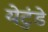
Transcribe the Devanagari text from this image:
येटुंडे